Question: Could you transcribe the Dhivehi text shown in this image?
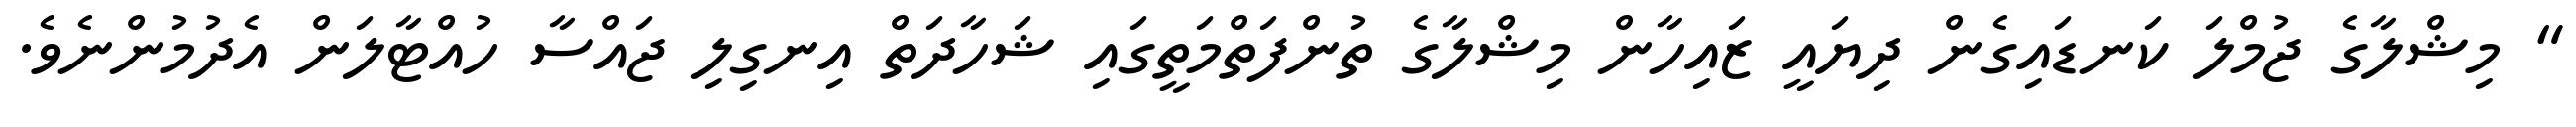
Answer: " މިޝްލާގެ ޖުމްލަ ކަނޑައިގެން ދިޔައީ ޒައިހާން މިޝްލާގެ ތުންފަތްމަތީގައި ޝަހާދަތް އިނގިލި ޖައްސާ ހުއްޓާލަން އެދުމުންނެވެ.